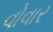
વોવાર